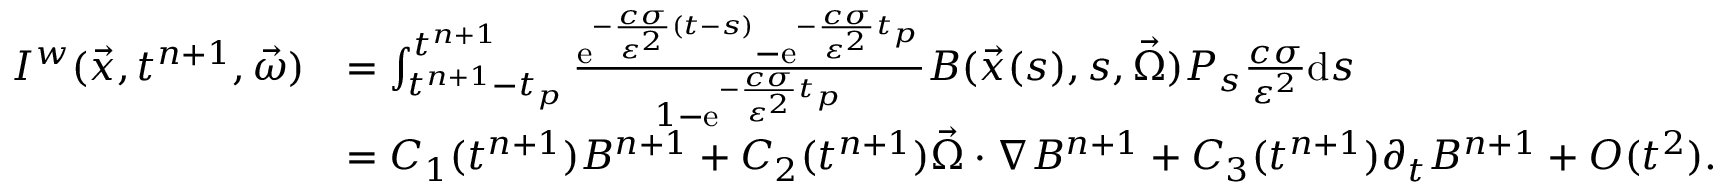
\begin{array} { r l } { I ^ { w } ( \vec { x } , t ^ { n + 1 } , \vec { \omega } ) } & { = \int _ { t ^ { n + 1 } - t _ { p } } ^ { t ^ { n + 1 } } \frac { \mathrm { e } ^ { - \frac { c \sigma } { \varepsilon ^ { 2 } } ( t - s ) } - \mathrm { e } ^ { - \frac { c \sigma } { \varepsilon ^ { 2 } } t _ { p } } } { 1 - \mathrm { e } ^ { - \frac { c \sigma } { \varepsilon ^ { 2 } } t _ { p } } } B ( \vec { x } ( s ) , s , \vec { \Omega } ) P _ { s } \frac { c \sigma } { \varepsilon ^ { 2 } } \mathrm { d } s } \\ & { = C _ { 1 } ( t ^ { n + 1 } ) B ^ { n + 1 } + C _ { 2 } ( t ^ { n + 1 } ) \vec { \Omega } \cdot \nabla B ^ { n + 1 } + C _ { 3 } ( t ^ { n + 1 } ) \partial _ { t } B ^ { n + 1 } + O ( t ^ { 2 } ) . } \end{array}